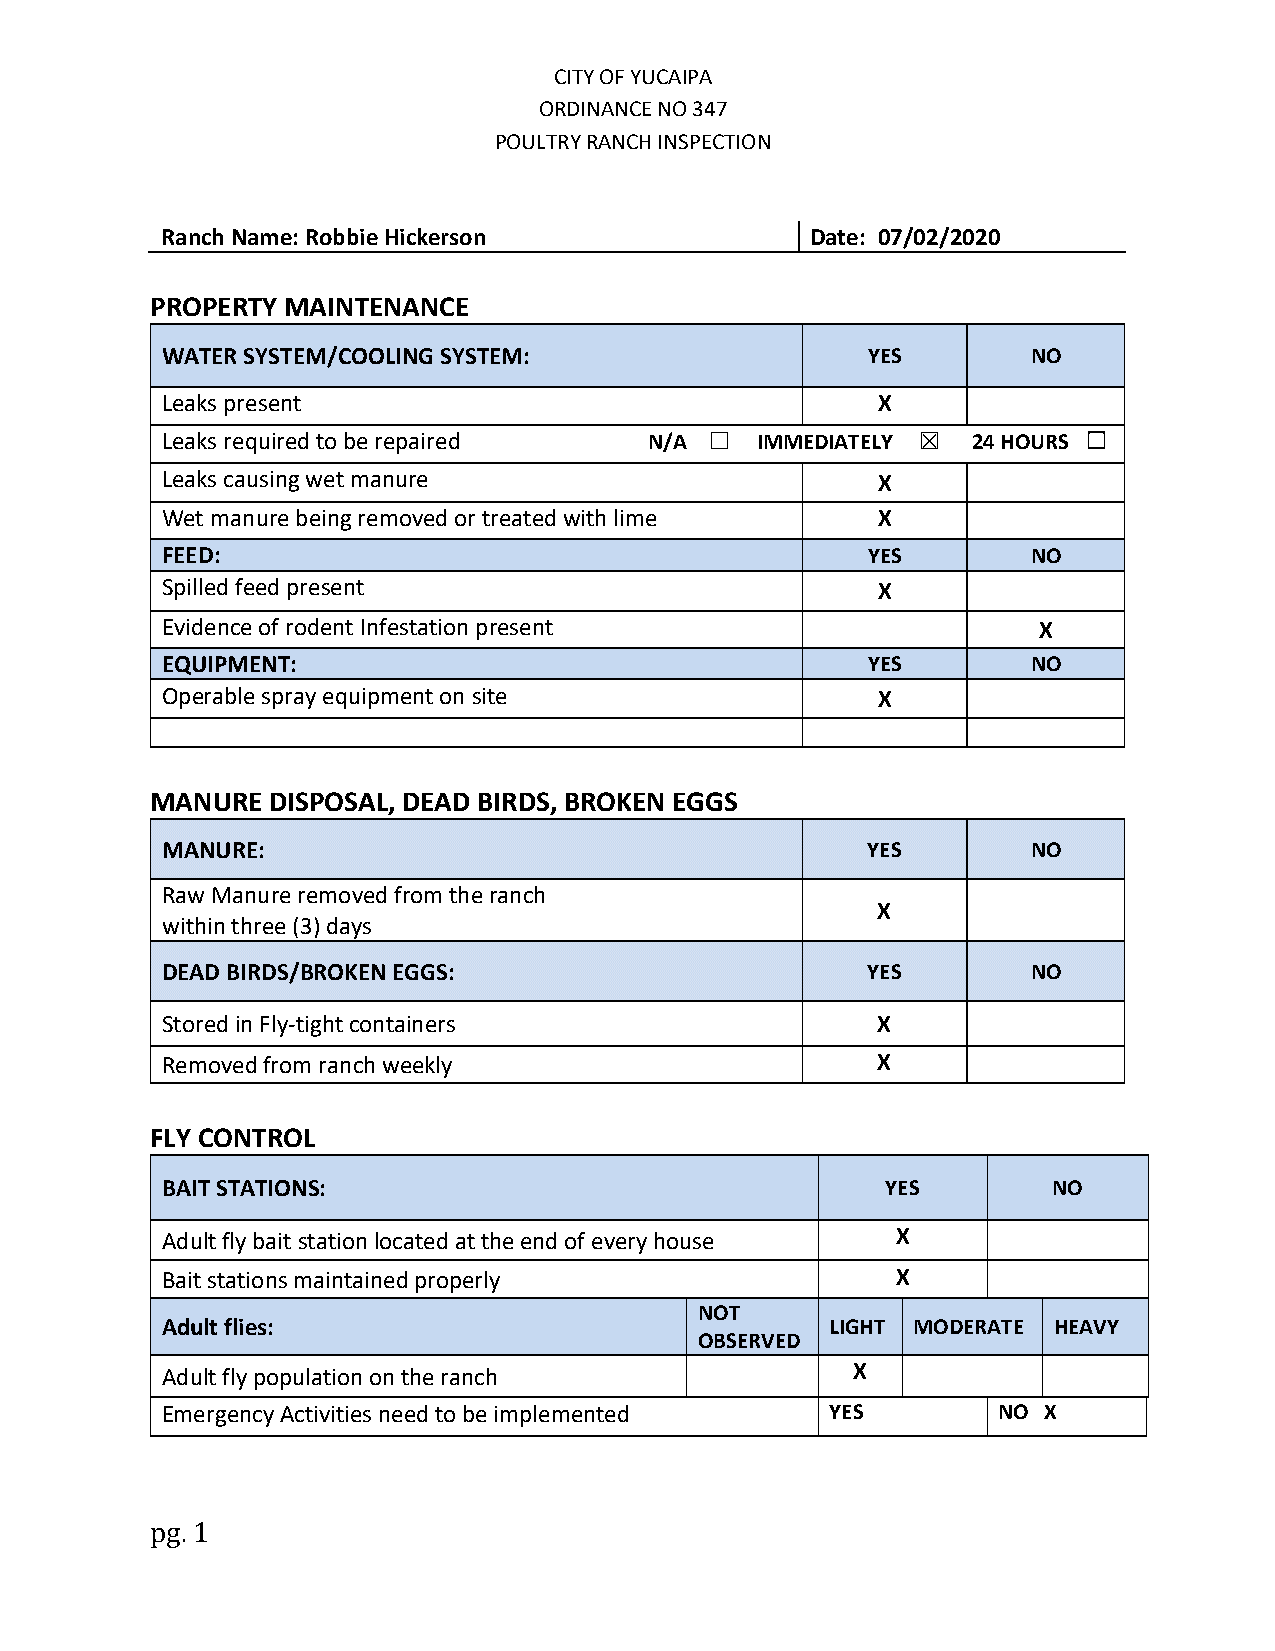
CITY OF YUCAIPA
 ORDINANCE NO 347
 POULTRY RANCH INSPECTION
 Ranch Name: Robbie Hickerson               Date: 07/02/2020
 PROPERTY MAINTENANCE
 WATER SYSTEM/COOLING SYSTEM:                  YES        NO
 Leaks present                                  X
 Leaks required to be repaired   N/A ☐  IMMEDIATELY ☒ 24 HOURS ☐
 Leaks causing wet manure                       X
 Wet manure being removed or treated with lime  X
 FEED:                                         YES        NO
 Spilled feed present                           X
 Evidence of rodent Infestation present                    X
 EQUIPMENT:                                    YES        NO
 Operable spray equipment on site               X
 MANURE  DISPOSAL, DEAD BIRDS, BROKEN EGGS
 MANURE:                                       YES        NO
 Raw Manure removed from the ranch
 X
 within three (3) days
 DEAD BIRDS/BROKEN EGGS:                       YES        NO
 Stored in Fly-tight containers                 X
 Removed from ranch weekly                      X
 FLY CONTROL
 BAIT STATIONS:                                  YES        NO
 Adult fly bait station located at the end of every house X
 Bait stations maintained properly               X
 NOT
 Adult flies:                                LIGHT MODERATE HEAVY
 OBSERVED
 Adult fly population on the ranch            X
 Emergency Activities need to be implemented YES        NO X
 pg. 1